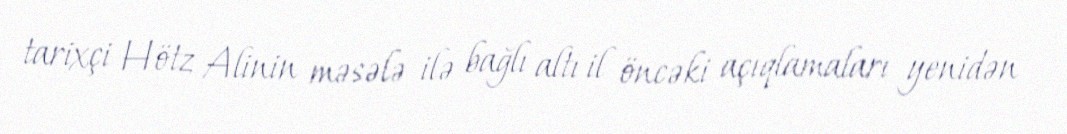
tarixçi Hötz Alinin məsələ ilə bağlı altı il öncəki açıqlamaları yenidən